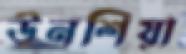
উনশিয়া